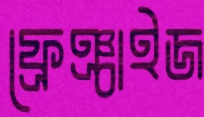
ফ্রেঞ্চাইজ